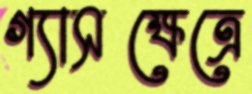
গ্যাসক্ষেত্রে